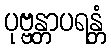
ပုဗ္ဗန္တာပရန္တံ